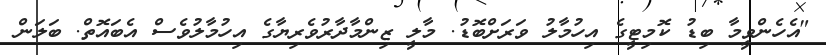
"އެހެންވީމާ ބިޑު ކޮމިޓީގެ އިހުމާލު ވަރަށްބޮޑު. މާލީ ޒިންމާދާރުވެރިޔާގެ އިހުމާލުވެސް އެބައޮތް. ބަލަން